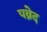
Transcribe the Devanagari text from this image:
पव्नेद